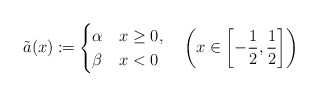
\begin{align*}\tilde{a}(x)\coloneqq\begin{cases}\alpha & x\geq0,\\\beta & x<0\end{cases}\quad\left(x\in\left[-\frac{1}{2},\frac{1}{2}\right]\right)\end{align*}